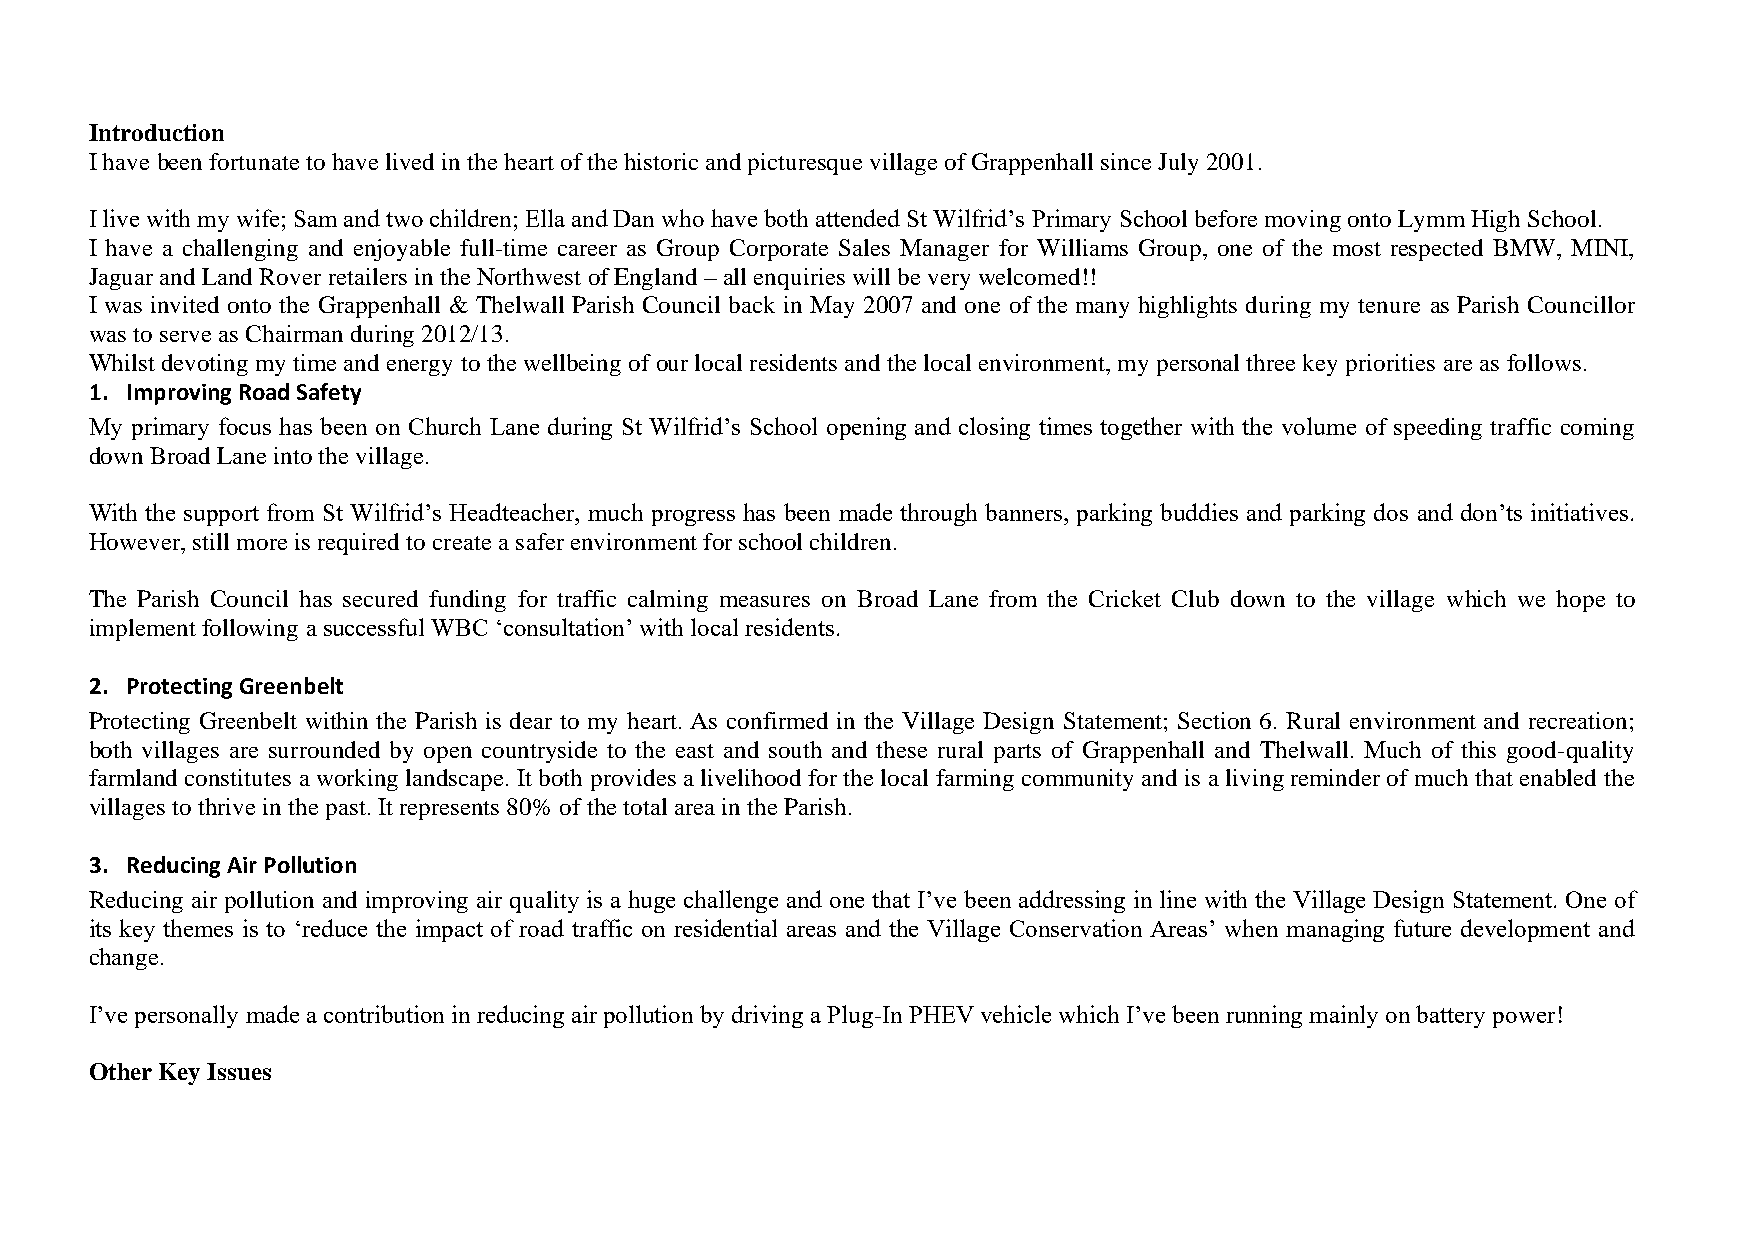
Introduction
 I have been fortunate to have lived in the heart of the historic and picturesque village of Grappenhall since July 2001.
 I live with my wife; Sam and two children; Ella and Dan who have both attended St Wilfrid’s Primary School before moving onto Lymm High School.
 I have a challenging and enjoyable full-time career as Group Corporate Sales Manager for Williams Group, one of the most respected BMW, MINI,
 Jaguar and Land Rover retailers in the Northwest of England – all enquiries will be very welcomed!!
 I was invited onto the Grappenhall & Thelwall Parish Council back in May 2007 and one of the many highlights during my tenure as Parish Councillor
 was to serve as Chairman during 2012/13.
 Whilst devoting my time and energy to the wellbeing of our local residents and the local environment, my personal three key priorities are as follows.
 1. Improving Road Safety
 My primary focus has been on Church Lane during St Wilfrid’s School opening and closing times together with the volume of speeding traffic coming
 down Broad Lane into the village.
 With the support from St Wilfrid’s Headteacher, much progress has been made through banners, parking buddies and parking dos and don’ts initiatives.
 However, still more is required to create a safer environment for school children.
 The Parish Council has secured funding for traffic calming measures on Broad Lane from the Cricket Club down to the village which we hope to
 implement following a successful WBC ‘consultation’ with local residents.
 2. Protecting Greenbelt
 Protecting Greenbelt within the Parish is dear to my heart. As confirmed in the Village Design Statement; Section 6. Rural environment and recreation;
 both villages are surrounded by open countryside to the east and south and these rural parts of Grappenhall and Thelwall. Much of this good-quality
 farmland constitutes a working landscape. It both provides a livelihood for the local farming community and is a living reminder of much that enabled the
 villages to thrive in the past. It represents 80% of the total area in the Parish.
 3. Reducing Air Pollution
 Reducing air pollution and improving air quality is a huge challenge and one that I’ve been addressing in line with the Village Design Statement. One of
 its key themes is to ‘reduce the impact of road traffic on residential areas and the Village Conservation Areas’ when managing future development and
 change.
 I’ve personally made a contribution in reducing air pollution by driving a Plug-In PHEV vehicle which I’ve been running mainly on battery power!
 Other Key Issues